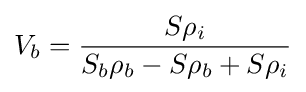
V_{b}={\frac {S\rho _{i}}{S_{b}\rho _{b}-S\rho _{b}+S\rho _{i}}}